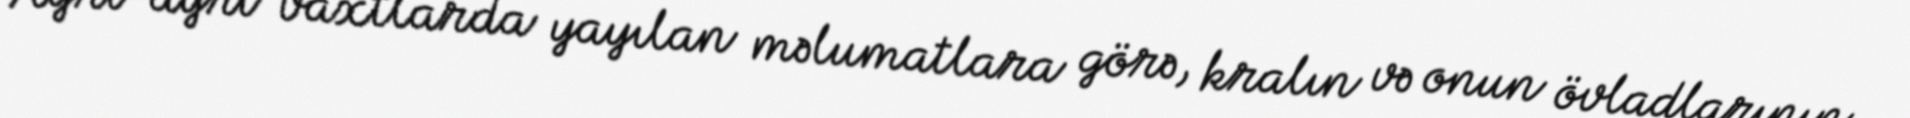
Ayrı-ayrı vaxtlarda yayılan məlumatlara görə, kralın və onun övladlarının